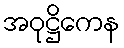
အဝုဋ္ဌိကေန